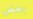
بعض